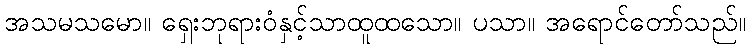
အသမသမော။ ရှေးဘုရားဝံနှင့်သာထူထသော။ ပသာ။ အရောင်တော်သည်။